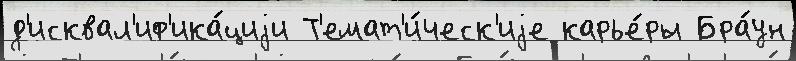
д'исквал'иф'ика́циjи Т'емат'и́ческ'иjе карье́ры Бра́ун